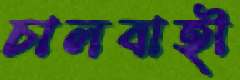
চালবাহী